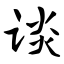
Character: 谈